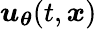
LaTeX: \boldsymbol{u}_{\boldsymbol{\theta}}(t,\boldsymbol{x})